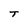
Character: T